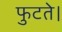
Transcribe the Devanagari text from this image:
फुटते।